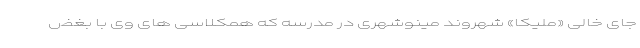
جای خالی «ملیکا» شهروند مینوشهری در مدرسه که همکلاسی های وی با بغض